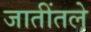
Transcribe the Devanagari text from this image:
जातींतले